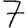
Digit: 7